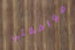
موافقتي